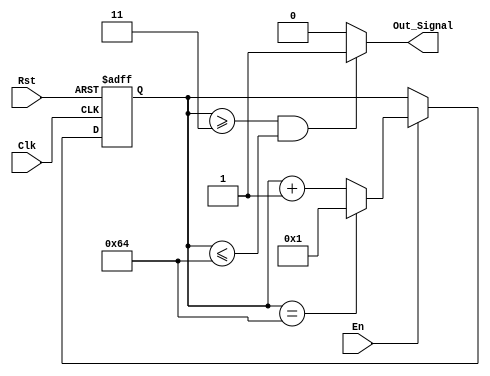
module Column_Counter(Clk, Rst, En, Out_Signal);
    parameter DATA_WIDTH = 16;
    parameter IMG_SIZE = 100;

    input  Clk, Rst, En;
    output Out_Signal;

    reg [DATA_WIDTH - 1:0] Counter_Mem;

    always @ (posedge Clk or negedge Rst) begin
        if (!Rst) begin
            Counter_Mem <= 0;
        end else begin
            if (En) begin
                if (Counter_Mem == IMG_SIZE) begin
                    Counter_Mem <= 1;
                end else begin
                    Counter_Mem <= Counter_Mem + 1;
                end
            end else begin
                Counter_Mem <= Counter_Mem;
            end
        end
    end

    assign Out_Signal = (Counter_Mem >= 3 & Counter_Mem <= IMG_SIZE) ? 1'b1 : 1'b0;

endmodule